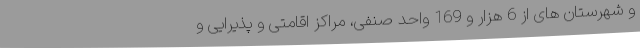
و شهرستان های از 6 هزار و 169 واحد صنفی، مراکز اقامتی و پذیرایی و